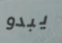
يبدو